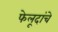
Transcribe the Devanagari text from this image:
फेलूदांचे